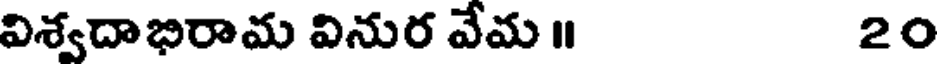
విశ్వదాభిరామ వినుర వేమ ॥ 20